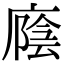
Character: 廕